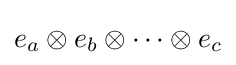
e_{a}\otimes e_{b}\otimes \cdots \otimes e_{c}